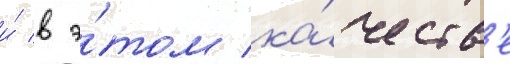
и́ в э́том ка́честв'е